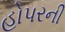
હોપરની